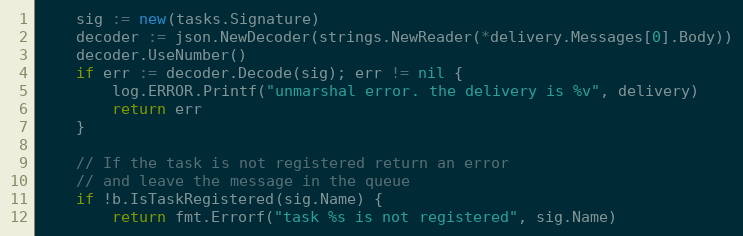
Language: Go
	sig := new(tasks.Signature)
	decoder := json.NewDecoder(strings.NewReader(*delivery.Messages[0].Body))
	decoder.UseNumber()
	if err := decoder.Decode(sig); err != nil {
		log.ERROR.Printf("unmarshal error. the delivery is %v", delivery)
		return err
	}

	// If the task is not registered return an error
	// and leave the message in the queue
	if !b.IsTaskRegistered(sig.Name) {
		return fmt.Errorf("task %s is not registered", sig.Name)